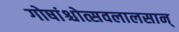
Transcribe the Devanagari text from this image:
गोषांश्चोत्सवलालसान्‌